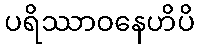
ပရိဿာဝနေဟိပိ